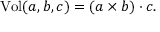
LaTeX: \mathrm { V o l } ( a , b , c ) = ( a \times b ) \cdot c .